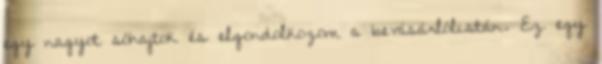
egy nagyot sóhajtok és elgondolkozom a bevásárlólistán. Ez egy